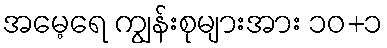
အမေ့ရေ ကျွန်းစုများအား ၁၀+၁